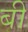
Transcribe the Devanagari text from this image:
बीं